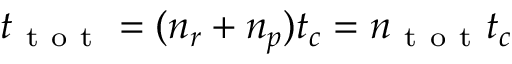
t _ { \mathrm { ~ t ~ o ~ t ~ } } = ( n _ { r } + n _ { p } ) t _ { c } = n _ { \mathrm { ~ t ~ o ~ t ~ } } t _ { c }